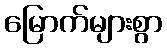
မြောက်များစွာ